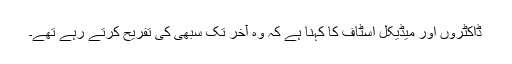
ڈاکٹروں اور میڈیکل اسٹاف کا کہنا ہے کہ وہ آخر تک سبھی کی تفریح کرتے رہے تھے۔